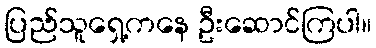
ပြည်သူရှေ့ကနေ ဦးဆောင်ကြပါ။